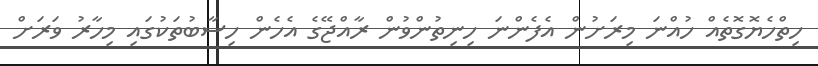
ހިތްހެޔޮގޮތެއް ހުއްނަ މިރަށުން އެފެންނަ ހިނިތުންވުން ރާއްޖޭގެ އެހެން ހިސާބުތަކުގައި މިހާރު ވަރަށް